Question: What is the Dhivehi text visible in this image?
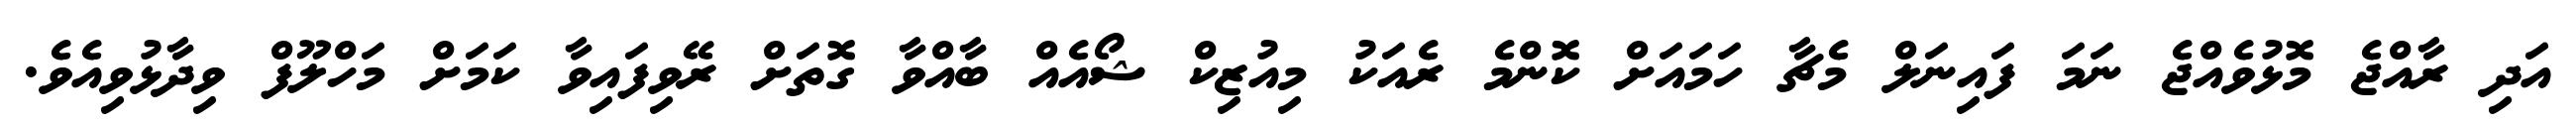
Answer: އަދި ރާއްޖެ މޮޅުވެއްޖެ ނަމަ ފައިނަލް މެޗާ ހަމައަށް ކޮންމެ ރެއަކު މިއުޒިކް ޝޯއެއް ބާއްވާ ގޮތަށް ރޭވިފައިވާ ކަމަށް މަހްލޫފް ވިދާޅުވިއެވެ.